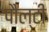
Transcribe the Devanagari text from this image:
पौल्टी